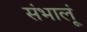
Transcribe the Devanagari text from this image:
संभालूं